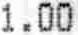
1.00